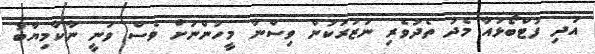
އަދި ފުޓްބޯޅައާ މެދު ތެދުވެރި ނަޒަރަކުން ވިސްނާ މީހުންނަށް ވެސް ވަނީ ނާކާމިޔާބު